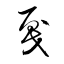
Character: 戛